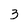
Character: 3